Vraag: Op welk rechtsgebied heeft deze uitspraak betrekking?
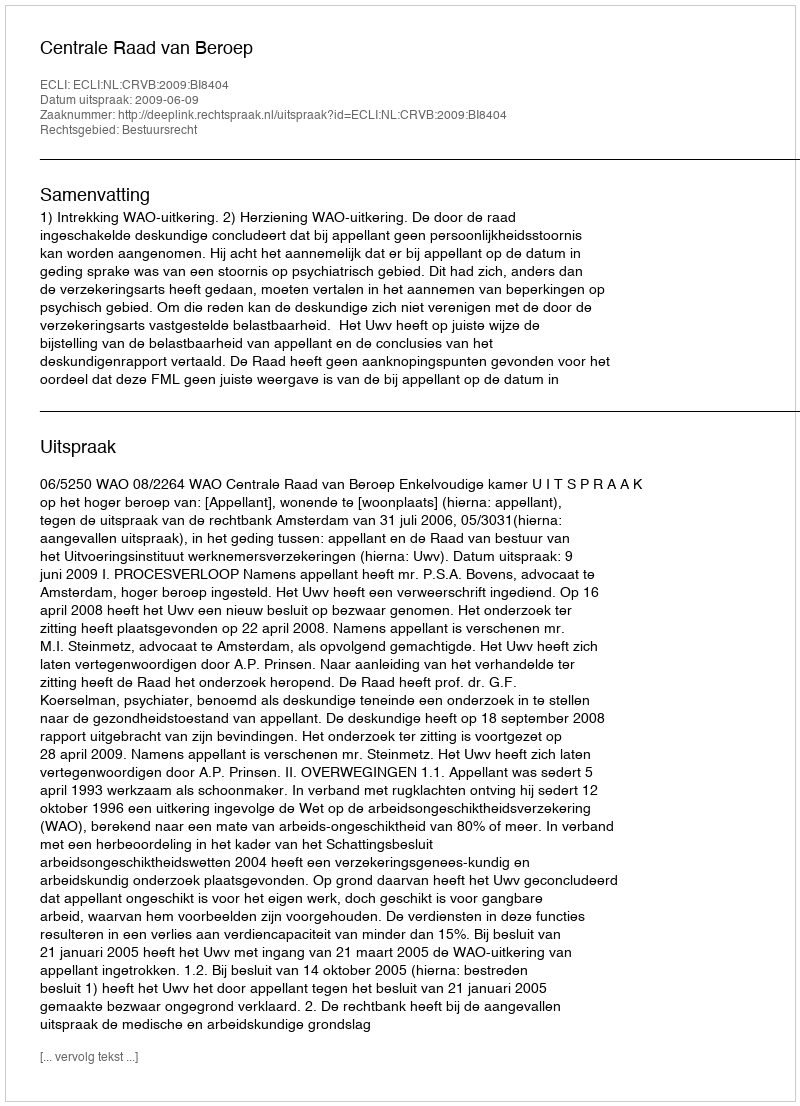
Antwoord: Bestuursrecht